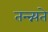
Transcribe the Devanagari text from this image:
तन्न्न्यते